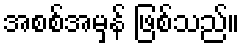
အစစ်အမှန် ဖြစ်သည်။